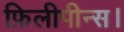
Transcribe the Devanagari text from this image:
फ़िलीपीन्स।